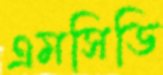
এমসিডি